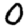
Digit: 0